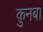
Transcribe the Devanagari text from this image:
क़ुनबा